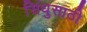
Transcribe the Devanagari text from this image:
सिंधुसाठी